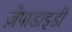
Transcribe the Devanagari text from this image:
ज़ेपाडाइडी